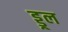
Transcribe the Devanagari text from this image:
ड्डूल